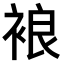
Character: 𧚅